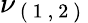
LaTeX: \nu_{\mathrm{~(~1~,~2~)~}}